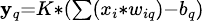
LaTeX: \scriptstyle\mathbf{y}_{q}=K*(\sum(x_{i}*w_{iq})-b_{q})